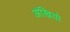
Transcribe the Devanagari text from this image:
अंखियो